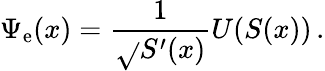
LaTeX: \Psi_{\mathrm{e}}(x)=\frac{{1}}{{\sqrt{}{{S^{\prime}(x)}}}}U(S(x))\, .